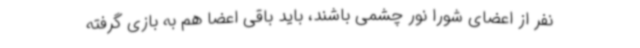
نفر از اعضای شورا نور چشمی باشند، باید باقی اعضا هم به بازی گرفته